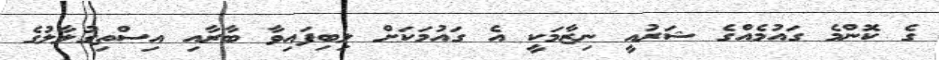
ގެ ކޮންމެ ގައުމެއްގެ ޝަރުއީ ނިޒާމަކީ އެ ގައުމަކަށް ލިބިފައިވާ ބާރާއި އިސްތިގުލާލުގެ